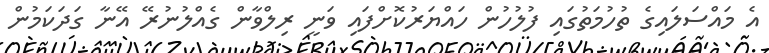
އެ މައްސަލައިގެ ތުހުމަތުގައި ފުލުހުން ހައްޔަރުކޮށްފައި ވަނީ ރިލްވާން ގެއްލުނުރޭ އޭނާ ގަދަކަމުން